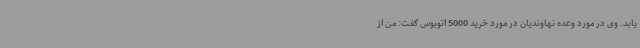
یابد. وی در مورد وعده نهاوندیان در مورد خرید 5000 اتوبوس گفت: من از